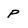
Character: P